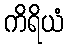
ကိရိယံ